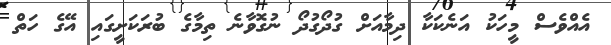
އެއްވެސް މީހަކު އަނެކަކާ ދިމާއަށް ގުދޯގުދޯ ނުގޮވާނެ ތިމާގެ ބުރަކަށީގައި އޭގެ ހަތް